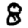
Digit: 8